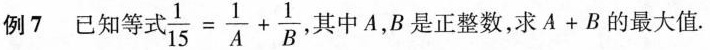
例7 已知等式$$\frac { 1 } { 1 5 } = \frac { 1 } { A } + \frac { 1 } { B }$$，其中A，B是正整数，求A+B的最大值.